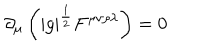
\partial _ { \mu } \left( | g | ^ { \frac { 1 } { 2 } } F ^ { \mu \nu \rho \lambda } \right) = 0